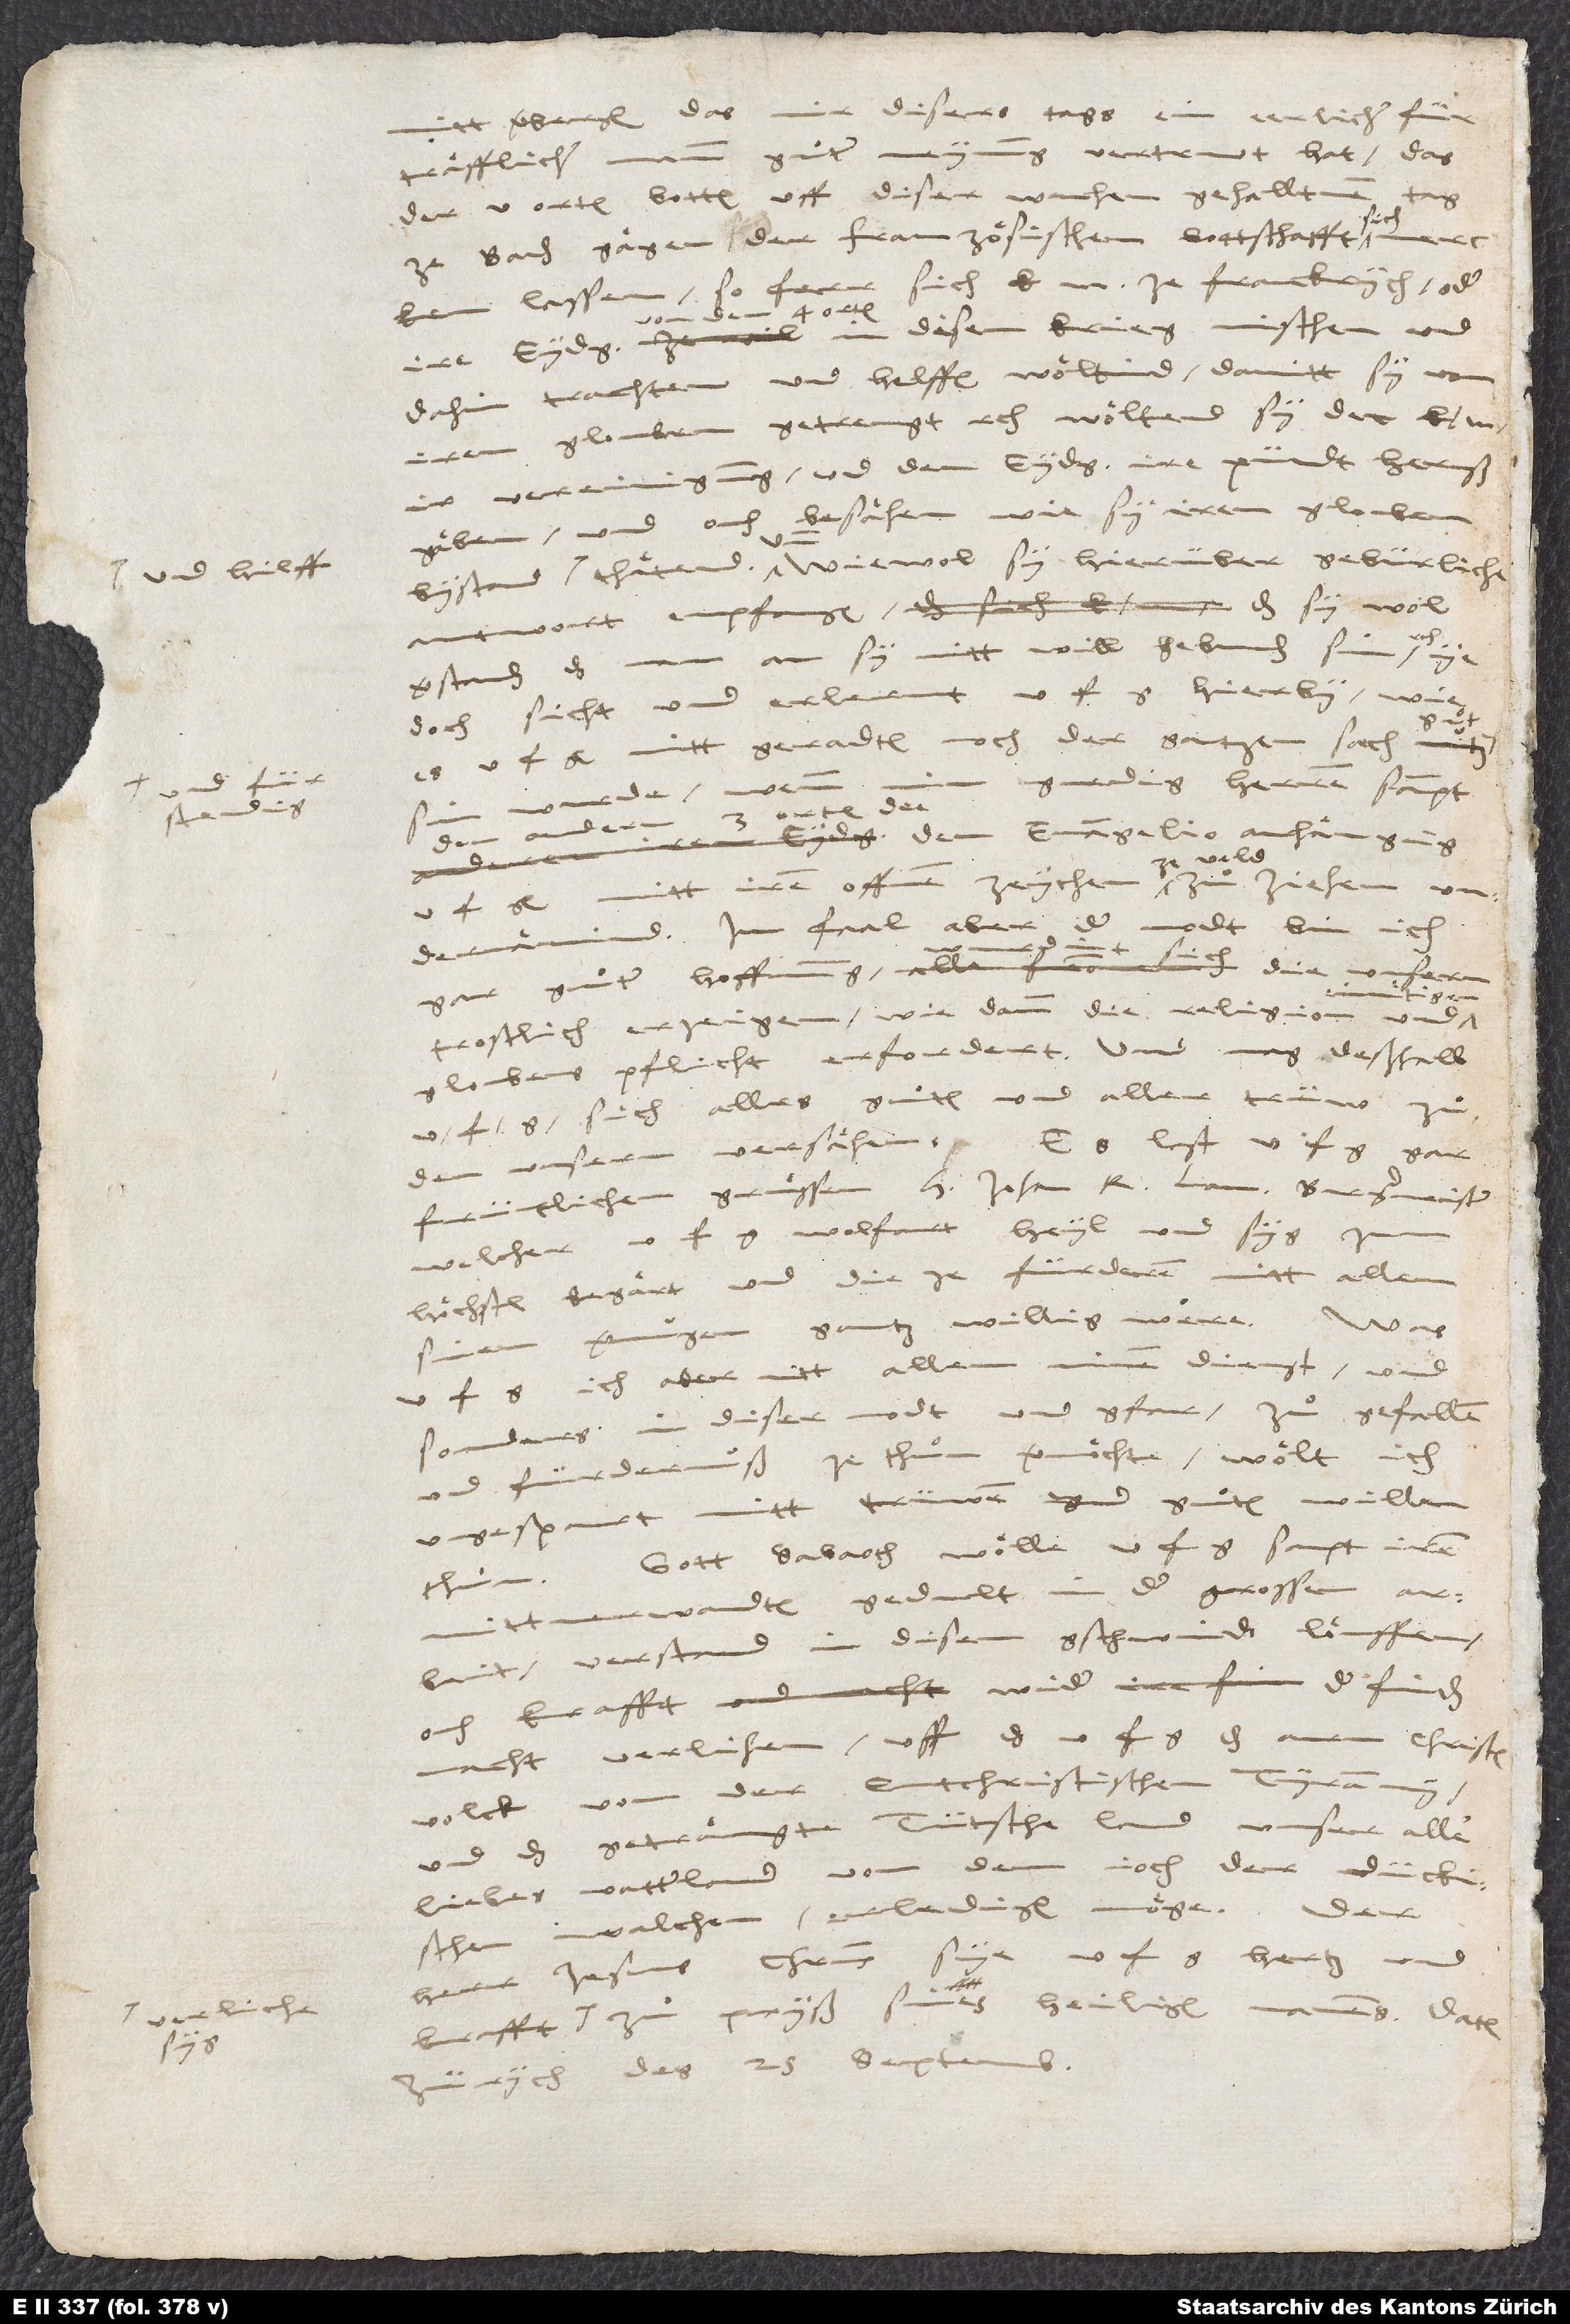
nitt bergen, das mir dises tags ein eerlicher,
fürtraͤfflicher mann guͦter meynung vertruwt hat, das
orten botten uff diser wuchen gehalltnem tag
zuͦ Baden gaͤgen der franzoͤsischen bottschafft sich heyter
dahin trachten und haͤlffen woͤltind, damitt sy von
verstanden, das
wurde
früntlichen gruͤssen herr Johan Rodolff Lavatar, Burgermeister,
welcher u. f. g. wolfart, heyl und syg zum
hoͤchsten begaͤrt, und die zuͦ fürdern mitt allem
f. g. ich aber mitt allem minem dienst, und
sunders in diser nodt und gfaar, zuͦ gefallen
und fürdernuß ze thuͦn vermoͤchte, woͤlte ich
ungespart mitt trüwen und guͦtem willen
Gott Sabaoth woͤlle u. f. g. sampt iren
thuͦn.
mittverwandten gedullt in der grossen arbeit,
verstandt in disen geschwinden loͤüffen,
ouch krafft wider der finden
macht verlihen, uff das u. f. g. das armm Christen
volck uß der endtchristischen tyranny,
und das getrengt tütsche land, unser aller
liebs vatterland, von dem ioch der dückischen
Walchen erledigen moͤge. Der
herr Iesus Christus sye u. f. g. hertz
zuͦ pryß sines heiligen namens.
Zürych, des 25. septembris